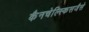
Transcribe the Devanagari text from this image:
कैनचेल्स्किसजैसे